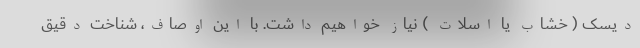
دیسک ( خشاب یا اسلات ) نیاز خواهیم داشت. با این اوصاف، شناخت دقیق